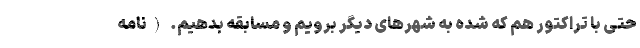
حتی با تراکتور هم که شده به شهرهای دیگر برویم و مسابقه بدهیم. (نامه